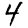
Digit: 4